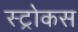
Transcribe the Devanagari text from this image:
स्ट्रोकस